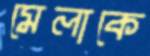
মেলাকে